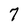
Character: 7